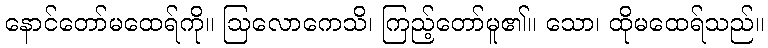
နောင်တော်မထေရ်ကို။ ဩလောကေသိ၊ ကြည့်တော်မူ၏။ သော၊ ထိုမထေရ်သည်။